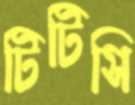
টিটিসি